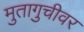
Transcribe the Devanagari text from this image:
मुतागुचीवर